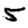
Digit: 5